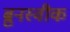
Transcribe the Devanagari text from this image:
ब्रुनस्वीक